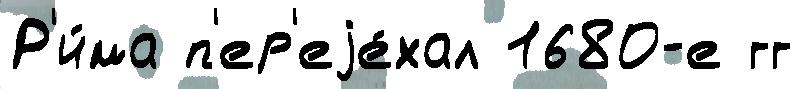
Р'и́ма п'ер'еjе́хал 1680-е гг